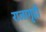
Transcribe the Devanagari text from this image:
राजागृही